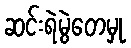
ဆင်းရဲမွဲတေမှု